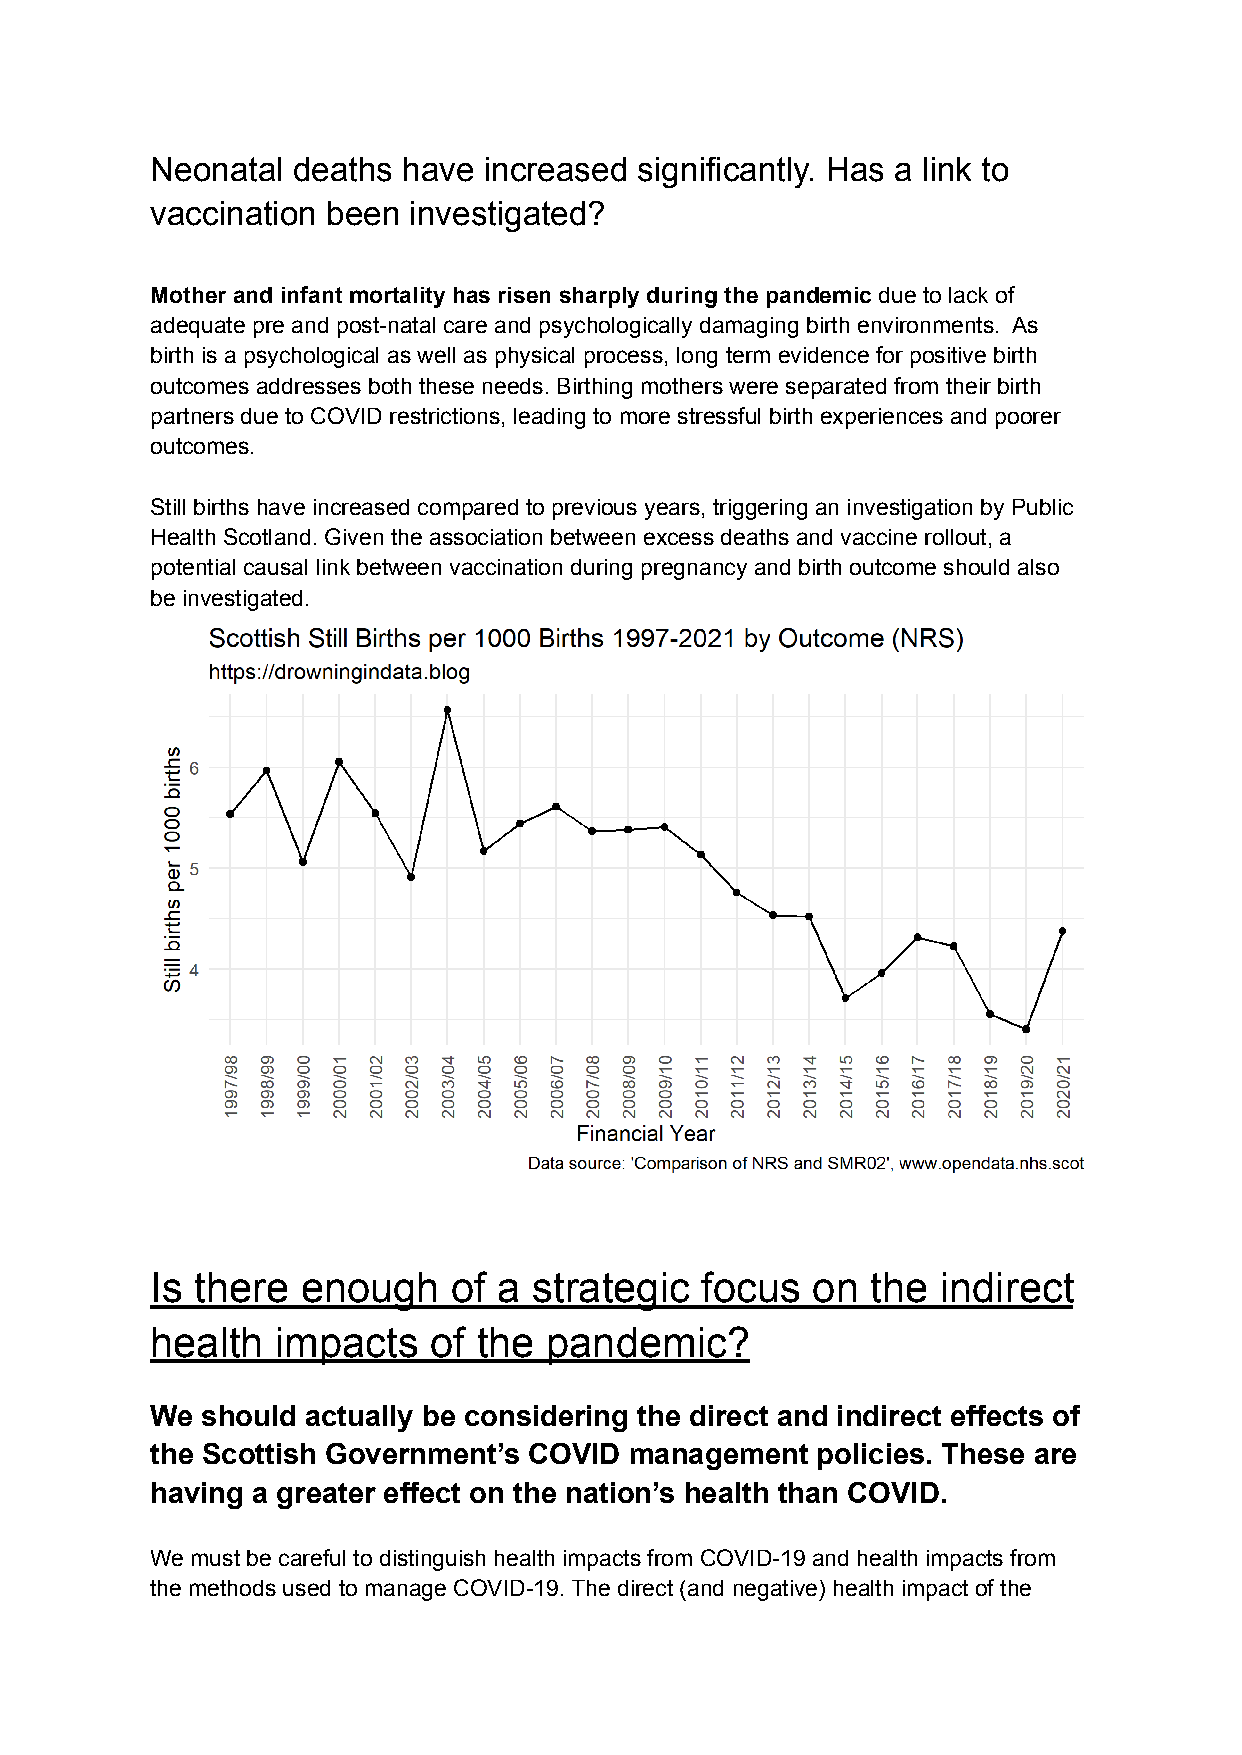
Neonatal deaths  have increased significantly. Has a link to
 vaccination been investigated?
 Mother and infant mortality has risen sharply during the pandemic due to lack of
 adequate pre and post-natal care and psychologically damaging birth environments. As
 birth is a psychological as well as physical process, long term evidence for positive birth
 outcomes addresses both these needs. Birthing mothers were separated from their birth
 partners due to COVID restrictions, leading to more stressful birth experiences and poorer
 outcomes.
 Still births have increased compared to previous years, triggering an investigation by Public
 Health Scotland. Given the association between excess deaths and vaccine rollout, a
 potential causal link between vaccination during pregnancy and birth outcome should also
 be investigated.
 Is there  enough    of a strategic  focus   on  the indirect
 health  impacts   of  the pandemic?
 We should actually be considering the direct and indirect effects of
 the Scottish Government’s COVID management  policies. These are
 having a greater effect on the nation’s health than COVID.
 We must be careful to distinguish health impacts from COVID-19 and health impacts from
 the methods used to manage COVID-19. The direct (and negative) health impact of the